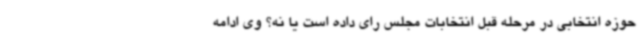
حوزه انتخابی در مرحله قبل انتخابات مجلس رای داده است یا نه؟ وی ادامه